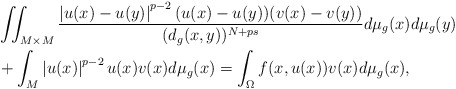
\begin{align*}&\iint_{M \times M}\frac {\left| u(x)-u(y) \right|^{p-2}(u(x)-u(y))(v(x)-v(y))}{(d_g(x,y))^{N+ps}} d\mu_g(x)d\mu_g(y)\\ &+\int _{M} \left| u(x) \right|^{p-2} u(x)v(x)d\mu _g(x) =\int_{\Omega}f(x,u(x))v(x)d\mu _g(x), \end{align*}